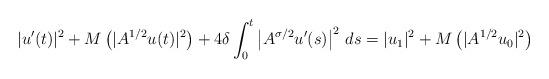
LaTeX: \begin{align*}|u'(t)|^{2}+M\left(|A^{1/2}u(t)|^{2}\right)+4\delta\int_{0}^{t}\left|A^{\sigma/2}u'(s)\right|^{2}\,ds=|u_{1}|^{2}+M\left(|A^{1/2}u_{0}|^{2}\right)\end{align*}